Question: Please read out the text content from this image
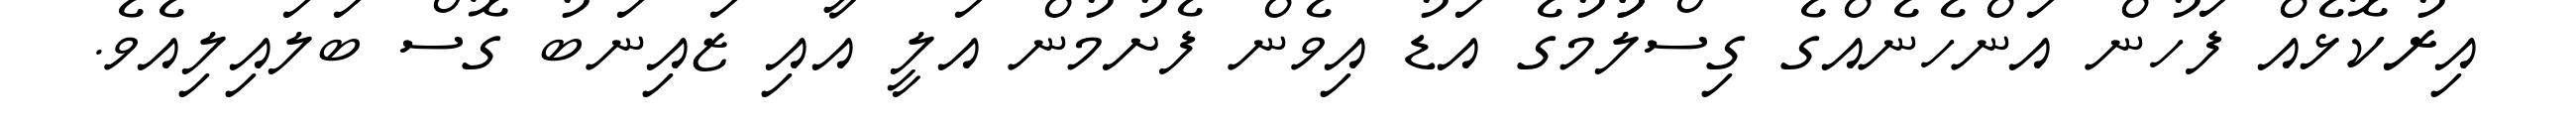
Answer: އިރުކޮޅެއް ފަހުން އަންހެނެއްގެ ގިސްލުުމުގެ އަޑު އިވެން ފެށުމުން އަލީ އާއި ޒައިނަބު ގޮސް ބަލައިލިއެވެ.